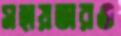
সহায়তারও